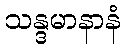
သန္ဒမာနာနံ